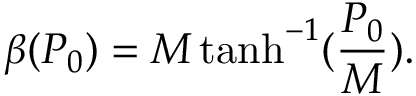
\beta ( P _ { 0 } ) = M \operatorname { t a n h } ^ { - 1 } ( \frac { P _ { 0 } } { M } ) .